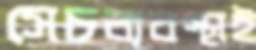
সেচব্যবস্থাই